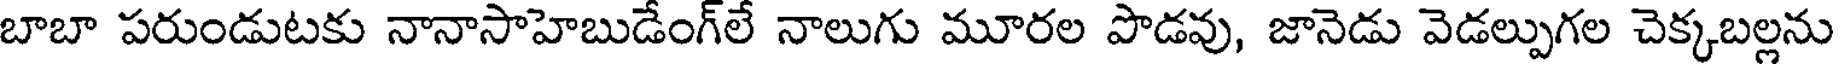
బాబా పరుండుటకు నానాసాహెబుడేంగ్లే నాలుగు మూరల పొడవు, జానెడు వెడల్పుగల చెక్కబల్లను